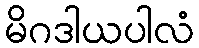
မိဂဒါယပါလံ